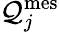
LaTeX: \mathcal{Q}_{j}^{\mathrm{{mes}}}